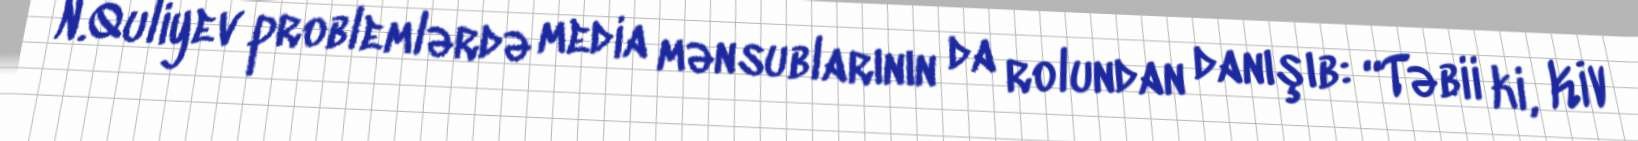
N.Quliyev problemlərdə media mənsublarının da rolundan danışıb: “Təbii ki, KİV